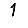
Digit: 1